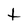
Character: t